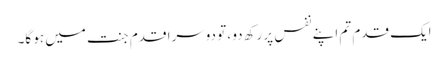
ایک قدم تم اپنے نفس پر رکھ دو ، تو دوسرا قدم جنت میں ہو گا۔